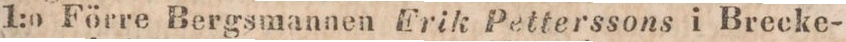
1:o Förre Bergsmannen Erik Petterssons i Brecke-